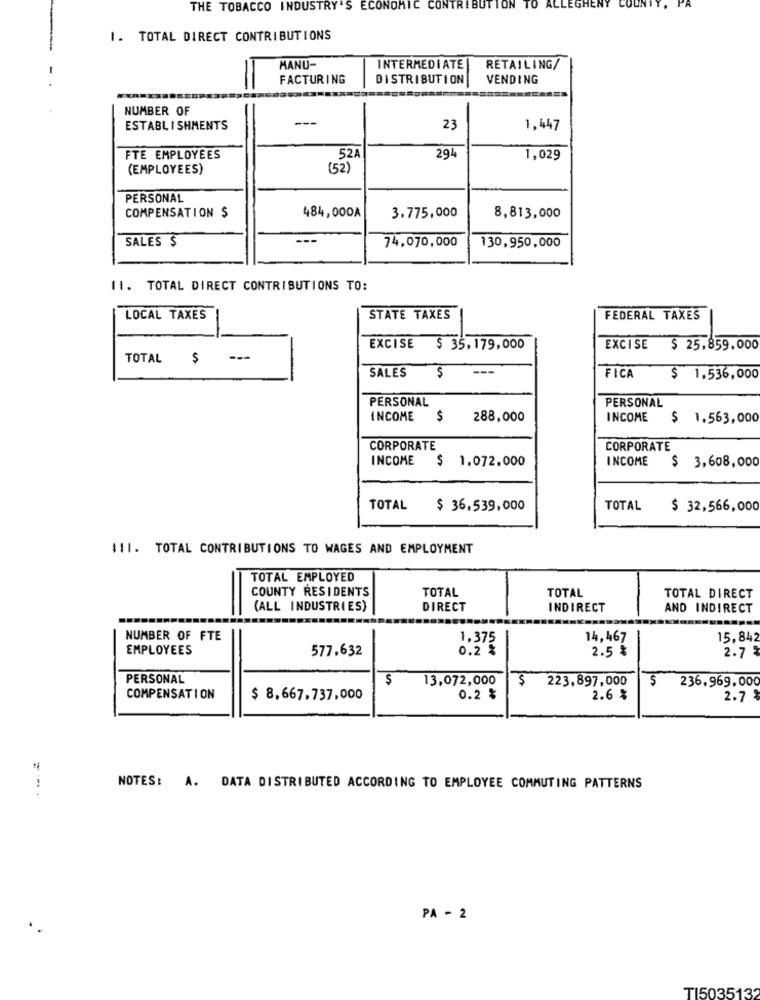
THE TOBACCO INDUSTRY'S ECONOMIC CONTE
ION
TO
I. TOTAL DIRECT CONTRIBUTIONS
MANU-
INTERMEDIATE
RETAILING/
FACTURING
DISTRIBUTION
VENDING
NUMBER OF
ESTABLISHMENTS
23
1,447
FTE EMPLOYEES
52A
294
1,029
(EMPLOYEES)
(52)
PERSONAL
COMPENSATION $
484,000A
3.775,000
8,813,000
SALES $
---
74,070,000
130,950,000
11. TOTAL DIRECT CONTRIBUTIONS TO:
LOCAL TAXES
STATE TAXES
FEDERAL TAXES
EXCISE $ 35,179,000
EXCISE
$ 25.859.000
TOTAL $ ---
SALES
S
---
FICA
$ 1.536,000
PERSONAL
PERSONAL
INCOME
$
288,000
INCOME
$ 1,563,000
CORPORATE
CORPORATE
INCOME
1.072,000
INCOME
$ 3,608,000
TOTAL
$ 36,539,000
TOTAL
$ 32,566,000
111. TOTAL CONTRIBUTIONS TO WAGES AND EMPLOYMENT
TOTAL EMPLOYED
COUNTY RESIDENTS
TOTAL
TOTAL
TOTAL DIRECT
(ALL INDUSTRIES)
DIRECT
INDIRECT
AND INDIRECT
NUMBER OF FTE
1,375
14,467
15,842
EMPLOYEES
577,632
0.2 %
2.5 %
2.7
PERSONAL
$
13,072,000
$ 223,897,000
236.969.000
$
COMPENSATION
$ 8,667.737,000
0.2 %
2.6 %
2.7
NOTES: A. DATA DISTRIBUTED ACCORDING TO EMPLOYEE COMMUTING PATTERNS
PA - 2
TI5035132